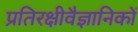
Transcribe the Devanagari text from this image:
प्रतिरक्षीवैज्ञानिकों